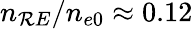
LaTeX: n_{\mathcal{R}E}/n_{e0}\approx0.12